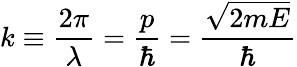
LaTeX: k\equiv{\frac{2\pi}{\lambda}}={\frac{p}{\hbar}}={\frac{\sqrt{2mE}}{\hbar}}